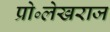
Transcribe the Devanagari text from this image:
प्रो॰लेखराज